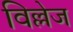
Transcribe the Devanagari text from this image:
विल्लेज